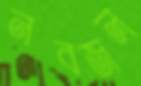
নবজল